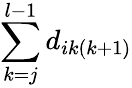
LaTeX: \sum_{k=j}^{l-1}d_{ik(k+1)}